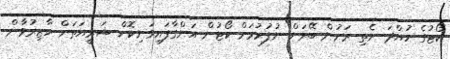
ކޯޓުގެ ހުއްދަ ނެތި ރަށުން ބޭރަށް ނުފުރުމަށް ކޯޓުން އަންގާފައިވަނިކޮށް ޝަރީއަތަށް ހާޒިރުވާން